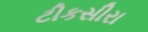
ટીકસીરા